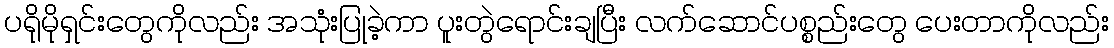
ပရိုမိုရှင်းတွေကိုလည်း အသုံးပြုခဲ့ကာ ပူးတွဲရောင်းချပြီး လက်ဆောင်ပစ္စည်းတွေ ပေးတာကိုလည်း